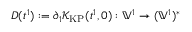
D ( t ^ { 1 } ) : = \partial _ { 1 } \mathcal { K } _ { \mathrm { K P } } ( t ^ { 1 } , 0 ) : \mathbb { V } ^ { 1 } \to ( \mathbb { V } ^ { 1 } ) ^ { * }